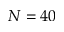
N = 4 0